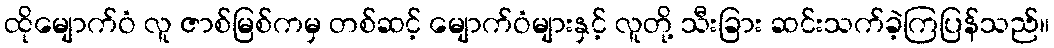
ထိုမျောက်ဝံ လူ ဇာစ်မြစ်ကမှ တစ်ဆင့် မျောက်ဝံများနှင့် လူတို့ သီးခြား ဆင်းသက်ခဲ့ကြပြန်သည်။